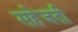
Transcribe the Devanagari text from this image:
सहेजती